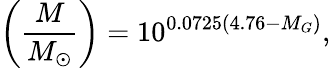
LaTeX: \left(\frac{M}{M_{\odot}}\right)=10^{0.0725(4.76-M_{G})},